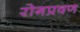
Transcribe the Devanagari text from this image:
रोगप्रवण